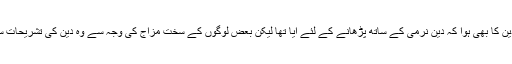
یہی حال ہمارے دین کا بھی ہوا کہ دین نرمی کے ساتھ پڑھانے کے لئے آیا تھا لیکن بعض لوگوں کے سخت مزاج کی وجہ سے وہ دین کی تشریحات سخت کر دی گئیں۔